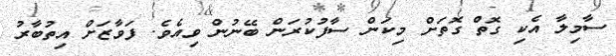
ސާމިލާ އެކި ގޮތް ގޮތަށް މިކަން ސާފުކުރަން ބޭނުން ވިއެވެ. ފަވާޒަށް އިތުބާރު